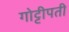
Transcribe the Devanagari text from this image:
गोट्टीपती